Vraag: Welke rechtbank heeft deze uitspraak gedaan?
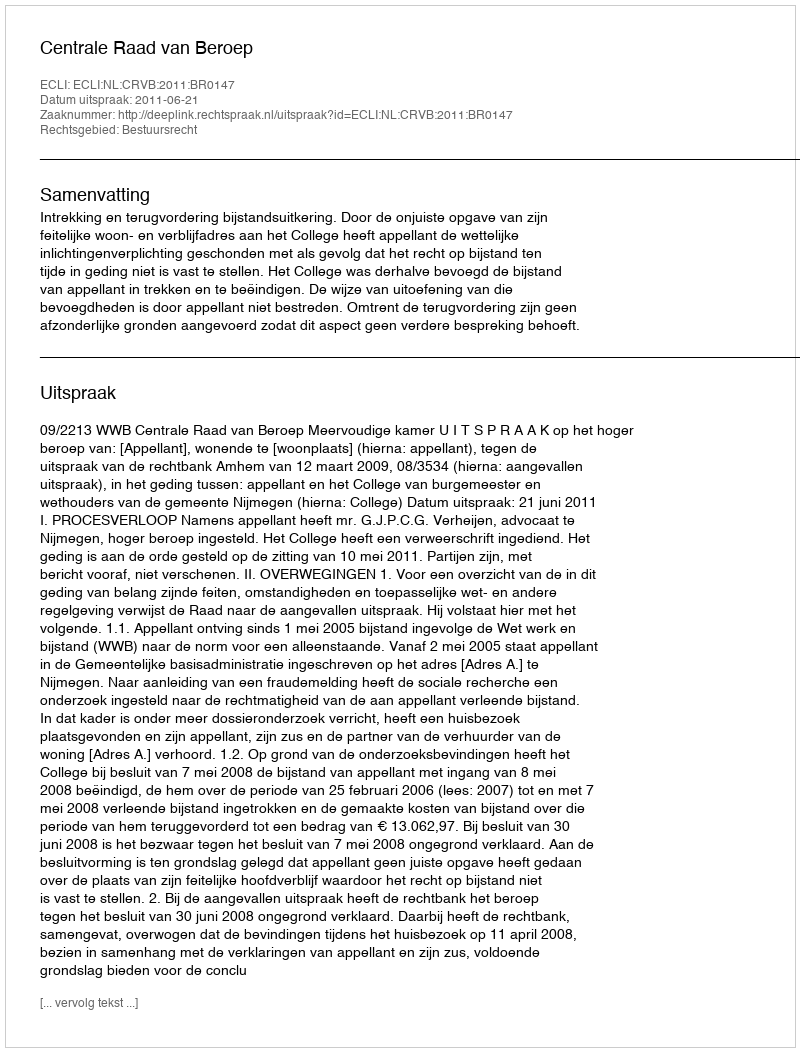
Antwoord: Centrale Raad van Beroep